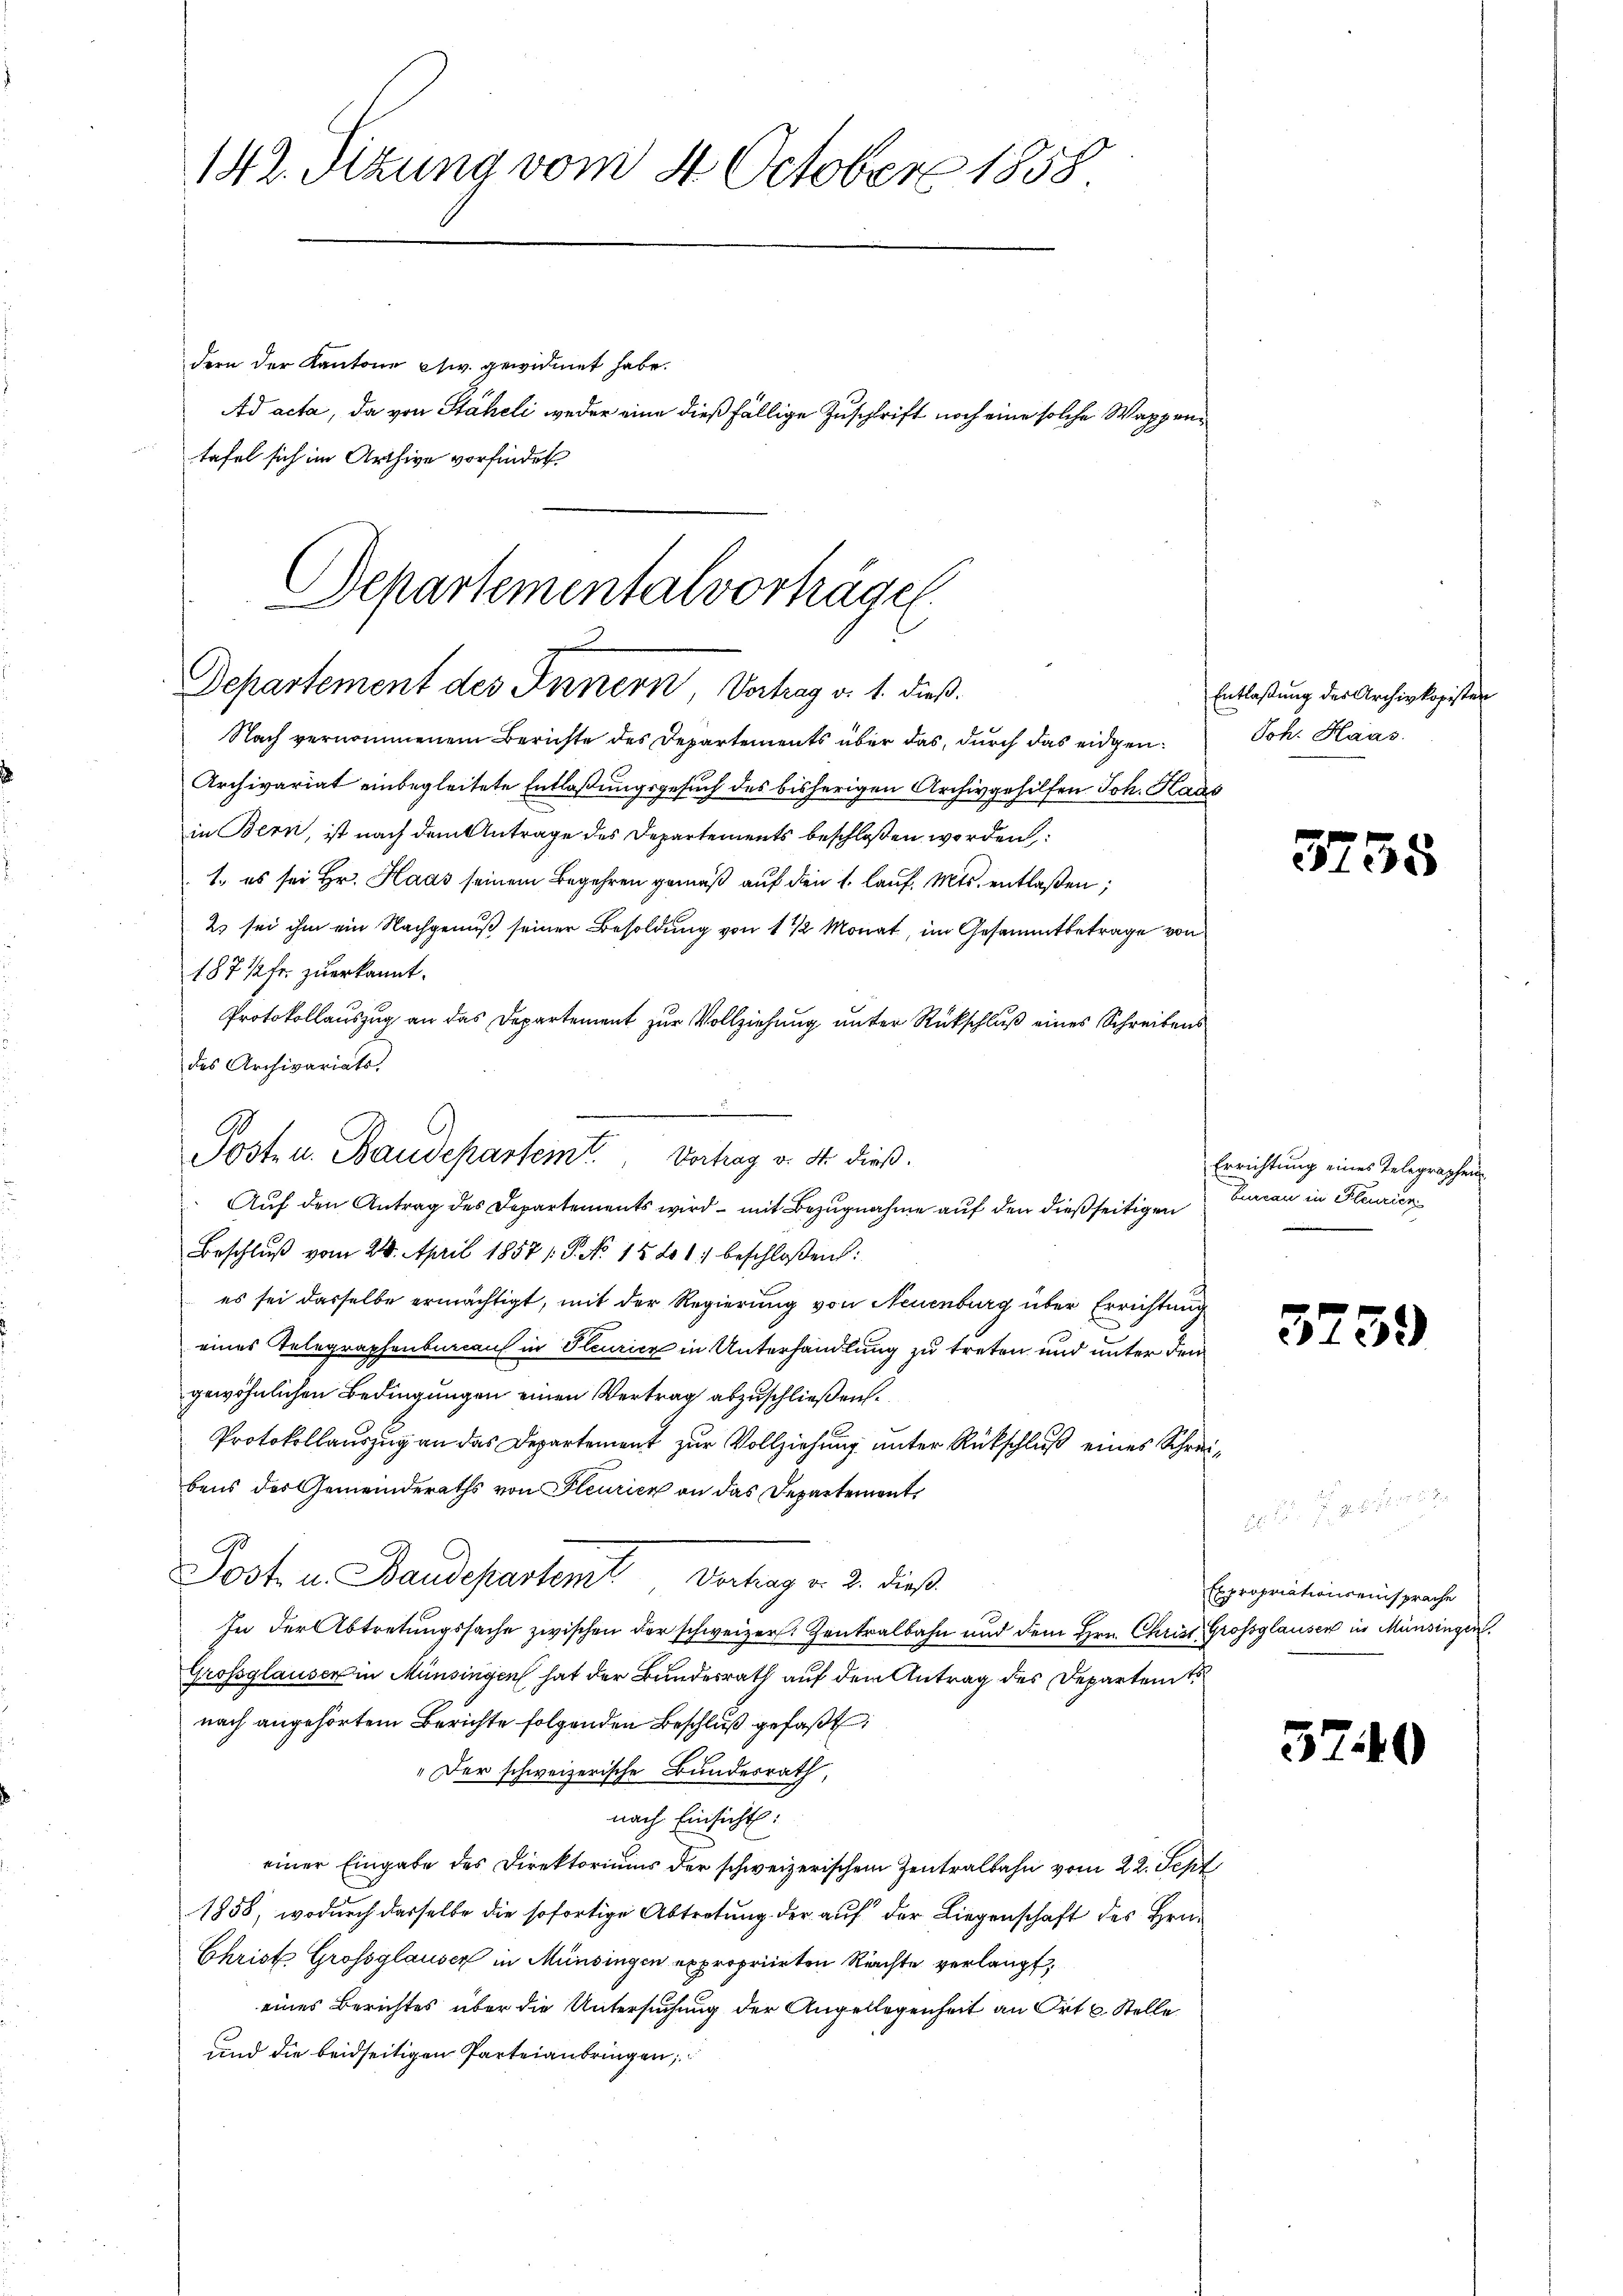
142. Sitzung vom 4. October 1858

dern der Kantone civ. gewidmet habe.
tafel sich im Arthive vorfindet

Departementalvorhägel
Departement des Innern Vertrag v. 1. dieß.

Nach vernommenem Berichte des Departements über das, durch das eidgen¬
Archivariat einbegleitete Entlaßungsgesuch des bisherigen Archivgehilfen Joh. Haas
in Bern, ist nach dem Antrage des Departements beschloßen worden,
1., es sei Hr. Haas seinem Begehren gemäß auf den 1. Lauf. Mts. entlaßen;
2 sei ihm ein Nachgenuß seiner Besoldung von 1 1/2 Monat, im Gesammtbetrage von
187 1/2 Fr. zuerkannt.
Protokollauszug an das Departement zur Vollziehung unter Rückschluß eines Schreibens
des Archivariats-
Auf den Antrag des Departements wird – mit Bezugnahme auf den dießseitigen
Beschlŭβ vom 24. April 1857 /: P. Nr. 15801 beschloßen:
es sei dasselbe ermächtigt, mit der Regierung von Neuenburg über Errichtung
eines Telegraphenbureau in Pleuricz in Unterhandlung zu treten und unter dem
gewöhnlichen Bedingungen einen Vertrag abzuschließen.
Protokollauszug an das Departement zur Vollziehung unter Rückschluß eines Schreibens des Gemeinderaths von Fleurien an das Departements
Post u. Baudepartemit Vertrag v. 2. dieß
In der Abtretungssache zwischen der schweizer. Zentralbahn und dem Hrn. Christ Grossglausen in Münsingen.
Grossglauser in Münsingen hat der Bundesrath auf dem Antrag des Departent
nach angehörtem Berichte folgenden Beschluß gefaßt:
„Der schweizerische Bundesrath,
nach Einsicht:
einer Eingabe des Direktoriums der schweizerischem Zentralbahn vom 22. Sept
1858, wodurch dasselbe die sofortige Abtretung der auf der Liegenschaft des Hrn.
Christ Grossglauser in Münsingen expropriirten Rächte verlangt,
eines Berichtes über die Untersuchung der Angellegenheit an Ort u. Stelle
und die beidseitigen Parteianbringen;

Post u. Baudeparteit Vortrag v. dr dieß.

Ad acta, da von Stäheli weder eine dießfällige Zuschrift noch eine solche Wappen¬

Entlaßung der Archivkopisten
Joh. Haas.

3

52

35

Errichtung eines Telegraphen
Garan in Feurien

59)

Expropriationseinsprache

5240